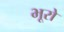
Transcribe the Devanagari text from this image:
भूरो